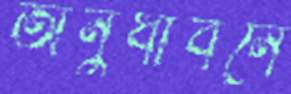
অনুধাবনে